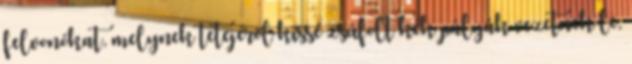
felvonókat, melynek tetejéről kissé zsúfolt kék pályák vezetnek le,